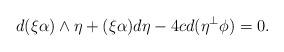
LaTeX: \begin{align*}d(\xi\alpha)\wedge\eta+(\xi\alpha)d\eta-4cd(\eta^\perp\phi)=0.\end{align*}